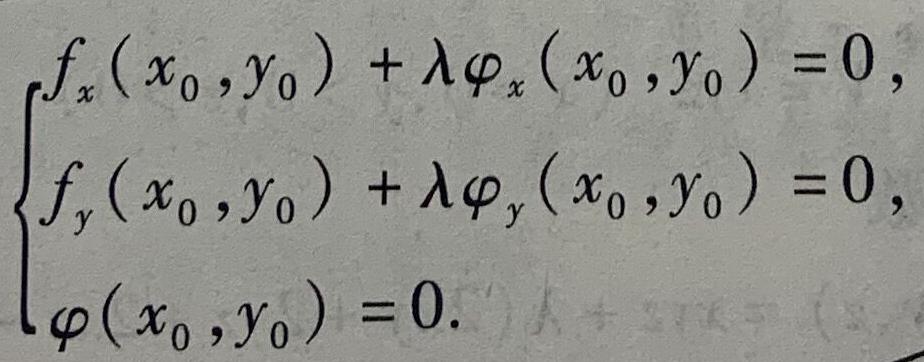
\[
\begin{cases}
f_x(x_0,y_0) + \lambda\varphi_x(x_0,y_0) = 0, \\
f_y(x_0,y_0) + \lambda\varphi_y(x_0,y_0) = 0, \\
\varphi(x_0,y_0) = 0.
\end{cases}
\]